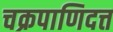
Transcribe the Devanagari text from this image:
चक्रपाणिदत्त